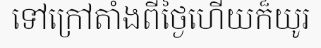
ទៅក្រៅតាំងពីថ្ងៃហើយក៏យូរ